Vaccination in Bombay 1869-1873 - 1869-1873
Year: 1869
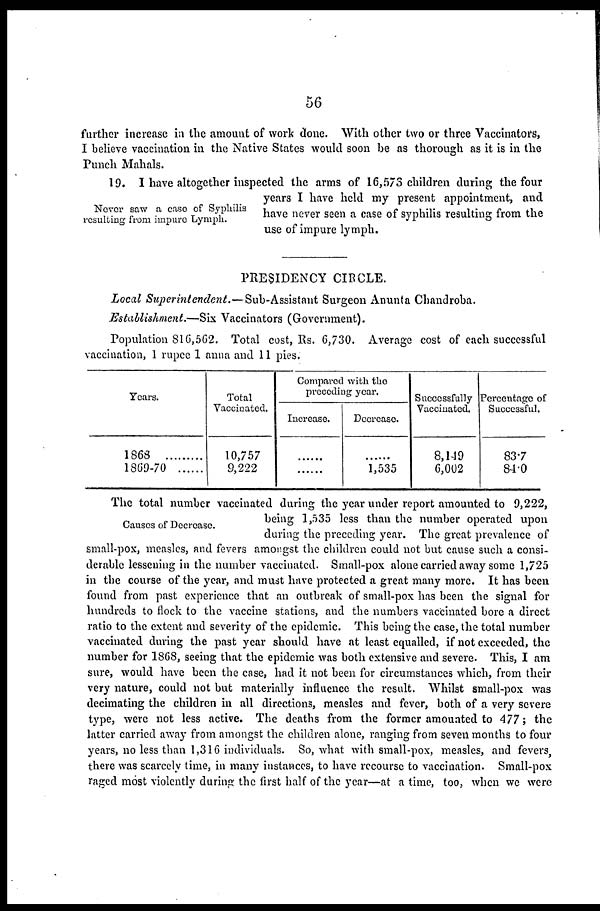
56
further increase in the amount of work done. With other two or three Vaccinators,
I believe vaccination in the Native States would soon be as thorough as it is in the
Punch Mahals.
Never saw a case of Syphilis
resulting from impure Lymph.
19. I have altogether inspected the arms of 16,573 children during the four
years I have held my present appointment, and
have never seen a case of syphilis resulting from the
use of impure lymph.
PRESIDENCY CIRCLE.
Local Superintendent.—Sub-Assistant
Surgeon Anunta Chandroba.
Establishment.—Six Vaccinators (Government).
Population 816,562. Total cost, Rs. 6,730. Average cost of each successful
vaccination, 1 rupee 1 anna and 11 pies.
Years.
1868
1869-70 .......
Total
Vaccinated.
10,757
9,222
Compared with the
preceding year.
Increase.
......
......
Decrease.
......
1,535
Successfully
Vaccinated.
8,149
6,002
Percentage of
Successful.
83.7
84.0
Causes of Decrease.
The total number vaccinated during the year under report amounted to 9,222,
being 1,535 less than the number operated upon
during the preceding year. The great prevalence of
small-pox, measles, and fevers amongst the children could not but cause such a consi-
derable lessening in the number vaccinated. Small-pox alone carried away some 1,725
in the course of the year, and must have protected a great many more. It has been
found from past experience that an outbreak of small-pox has been the signal for
hundreds to flock to the vaccine stations, and the numbers vaccinated bore a direct
ratio to the extent and severity of the epidemic. This being the case, the total number
vaccinated during the past year should have at least equalled, if not exceeded, the
number for 1868, seeing that the epidemic was both extensive and severe. This, I am
sure, would have been the case, had it not been for circumstances which, from their
very nature, could not but materially influence the result. Whilst small-pox was
decimating the children in all directions, measles and fever, both of a very severe
type, were not less active. The deaths from the former amounted to 477; the
latter carried away from amongst the children alone, ranging from seven months to four
years, no less than 1,316 individuals. So, what with small-pox, measles, and fevers,
there was scarcely time, in many instances, to have recourse to vaccination. Small-pox
raged most violently during the first half of the year—at a time, too, when we were